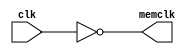
module inverse(clk,memclk);
	input clk;
	output memclk;
	assign memclk = ~clk;
endmodule